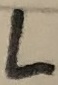
Text: L